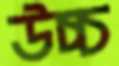
উচ্চ